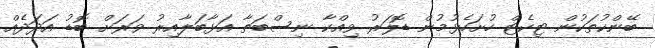
ބޭންކުތަކުން ޓިކެޓް ހުށަހެޅުމުން ޑޮލަރު ވިއްކާ ނިސްބަތާ އަޅާބަލާއިރު ވަރަށް ބޮޑު އަދަދެއް